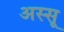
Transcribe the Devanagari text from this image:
अस्सू